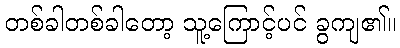
တစ်ခါတစ်ခါတော့ သူ့ကြောင့်ပင် ခွကျ၏။